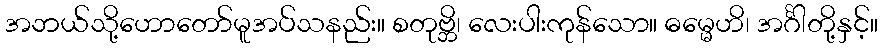
အဘယ်သို့ဟောတော်မူအပ်သနည်း။ စတုဗ္ဘိ၊ လေးပါးကုန်သော။ ဓမ္မေဟိ၊ အင်္ဂါတို့နှင့်။